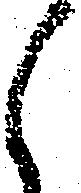
候